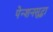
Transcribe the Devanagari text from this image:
पेन्शनसुद्धा